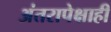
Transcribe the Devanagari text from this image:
अंतरापेक्षाही